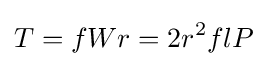
T=fWr=2r^{2}flP